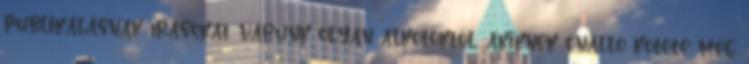
publikálásnak írásokat várunk olyan alkotóktól, akiknek önálló kötete még